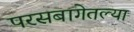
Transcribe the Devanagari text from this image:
परसबागेतल्या